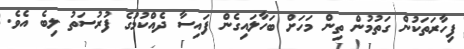
ފިހާރަތަކުން ގަތުމުން ތިން މަހަށް ބަހާލައިގެން ފައިސާ ދެއްކުމުގެ ފުރުސަތު ލިބެ އެވެ.